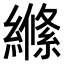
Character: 𮉎